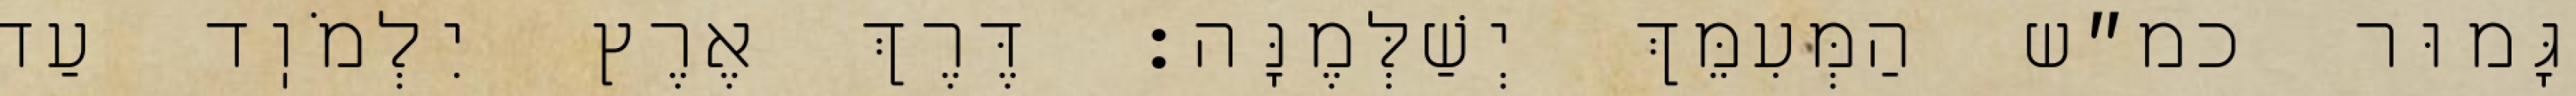
גָּמוּר כמ״ש הַמְּעִמֵּךְ יְשַׁלְּמֶנָּה: דֶּרֶךְ אֶרֶץ יִלְמֹוֽד עַד